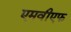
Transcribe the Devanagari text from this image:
एमवीएफ